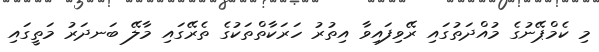
މި ކެމްޕޭނުގެ މުއްދަތުގައި ރޭވިފައިވާ އިތުރު ހަރަކާތްތަކުގެ ތެރޭގައި މާލޭ ބަނދަރު މަތީގައި